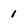
Character: 1